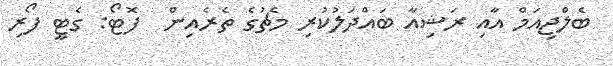
ބެލްޖިއަމް އާއި ރަޝިއާ ބައްދަލުކުރި މެޗުގެ ތެރެއިން  ފޮޓޯ: ގެޓީ ފޯރި